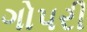
ગોપરી